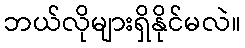
ဘယ်လိုများရှိနိုင်မလဲ။